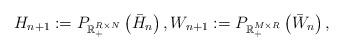
LaTeX: \begin{align*}H_{n+1} := P_{\mathbb{R}_+^{R \times N}} \left(\bar{H}_{n} \right), W_{n+1} := P_{\mathbb{R}_+^{M\times R}} \left(\bar{W}_{n} \right),\end{align*}